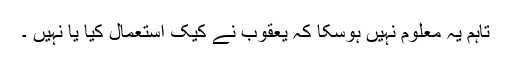
تاہم یہ معلوم نہیں ہوسکا کہ یعقوب نے کیک استعمال کیا یا نہیں ۔